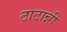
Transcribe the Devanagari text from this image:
टाटान्नी